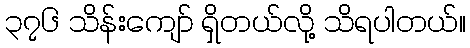
၃၇၆ သိန်းကျော် ရှိတယ်လို့ သိရပါတယ်။